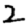
Digit: 2